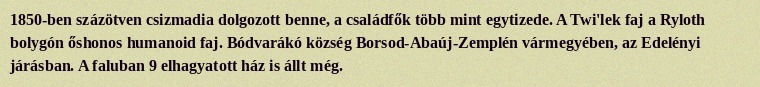
1850-ben százötven csizmadia dolgozott benne, a családfők több mint egytizede. A Twi'lek faj a Ryloth bolygón őshonos humanoid faj. Bódvarákó község Borsod-Abaúj-Zemplén vármegyében, az Edelényi járásban. A faluban 9 elhagyatott ház is állt még.